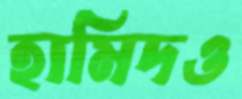
হামিদও